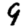
Digit: 9